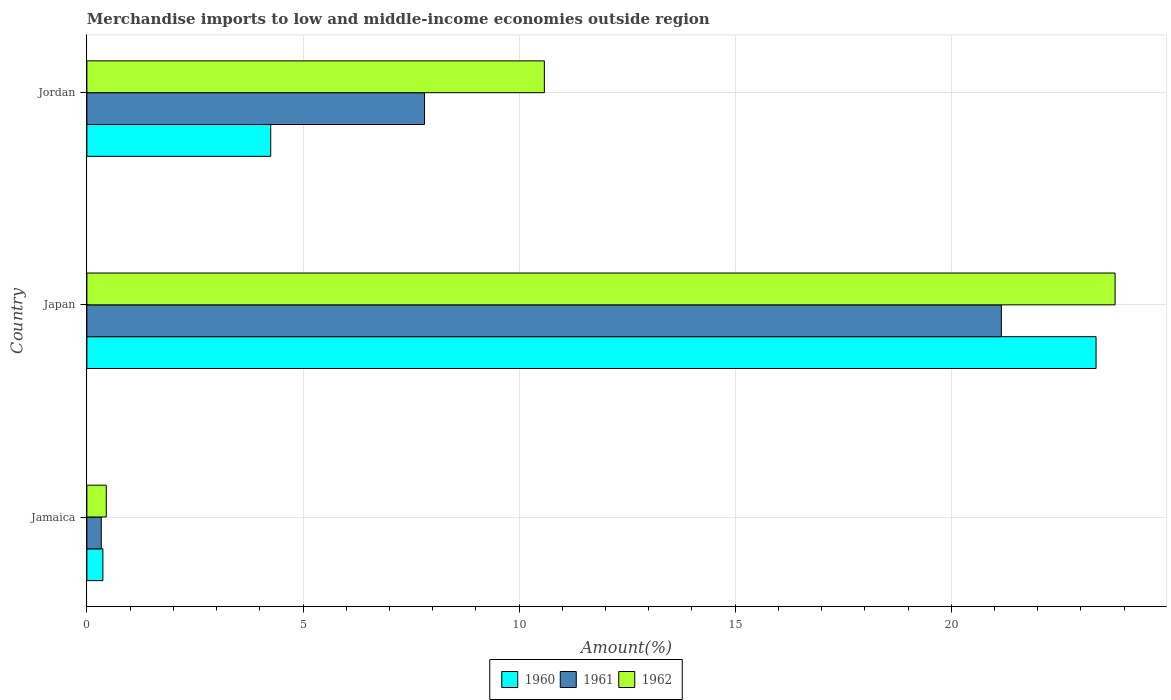
| Country | 1960 | 1961 | 1962 |
 | --- | --- | --- | --- |
 | Jamaica | 0.37 | 0.333 | 0.449 |
 | Japan | 23.3 | 21.2 | 23.8 |
 | Jordan | 4.25 | 7.81 | 10.6 |